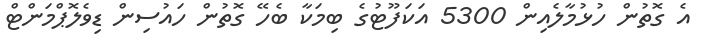
އެ ގޮތުން ހުޅުމާލެއިން 5300 އަކަފޫޓުގެ ބިމަކާ ބެހޭ ގޮތުން ހައުސިން ޑިވެލޮޕްމަންޓް